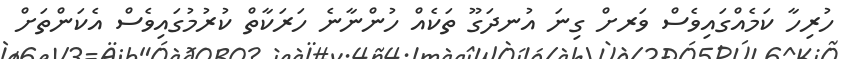
ހުރިހާ ކަމެއްގައިވެސް ވަރށް ގިނަ އުނދަގޫ ތަކެއް ހުންނާނެ ހަރަކާތް ކުރުމުގައިވެސް އެކަންތަށް